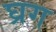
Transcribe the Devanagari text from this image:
घ्रग